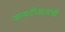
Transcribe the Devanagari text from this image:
आयटीआयची